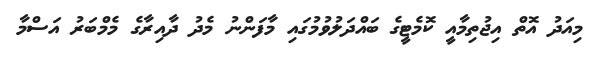
މިއަދު އޮތް އިޖުތިމާއީ ކޮމެޓީގެ ބައްދަލުވުމުގައި މާފަންނު މެދު ދާއިރާގެ މެމްބަރު އަސްމާ